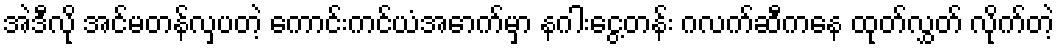
အဲဒီလို အင်မတန်လှပတဲ့ ကောင်းကင်ယံအောက်မှာ နဂါးငွေ့တန်း ဂလက်ဆီကနေ ထုတ်လွှတ် လိုက်တဲ့